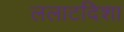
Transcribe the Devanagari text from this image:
ललाटदिशा